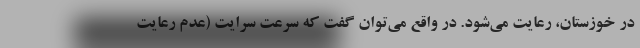
در خوزستان، رعایت می‌شود. در واقع می‌توان گفت که سرعت سرایت (عدم رعایت